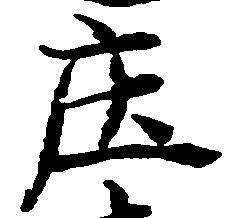
庄